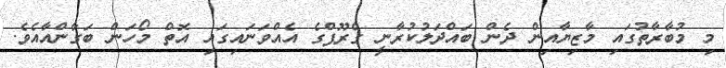
މި މުބާރާތުގައި މާޒިޔާއިން ދެން ބައްދަލުކުރާނީ ގްރޫޕްގެ އެއްވަނައިގައި އޮތް މޯހަން ބަގާންއާއެވެ.